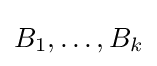
B_{1},\dots ,B_{k}